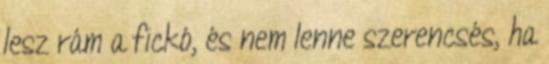
lesz rám a fickó, és nem lenne szerencsés, ha